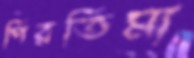
পিরতিমা